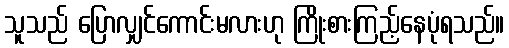
သူသည် ပြောလျှင်ကောင်းမလားဟု ကြိုးစားကြည့်နေပုံရသည်။